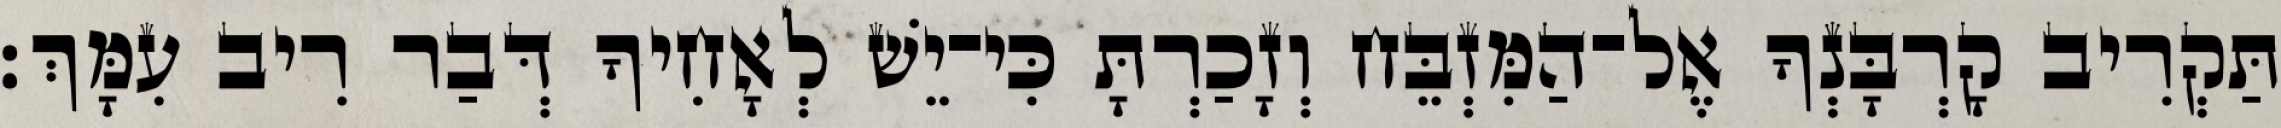
תַּקְרִיב קָרְבָּנְךָ אֶל־הַמִּזְבֵּח וְזָכַרְתָּ כִּי־יֵשׁ לְאָחִיךָ דְּבַר רִיב עִמָּךְ׃